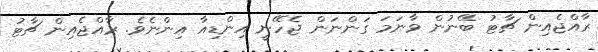
ރާއްޖެއިން ޗާޓު ބޭނުން ވާނަމަ ގަންނަން ޖެހޭނީ އިންޑިއާ އިންނެވެ. ރާއްޖެއިން ޗާޓު